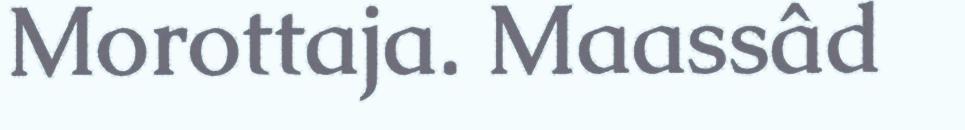
Morottaja. Maassâd